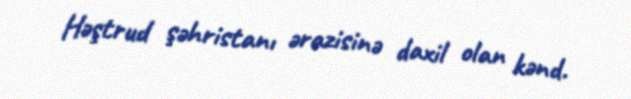
Həştrud şəhristanı ərazisinə daxil olan kənd.